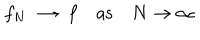
LaTeX: f _ { N } \longrightarrow f \quad \mathrm { a s } \quad N \rightarrow \infty